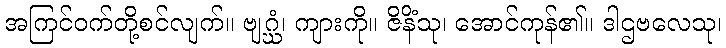
အကြင်ဝက်တို့စင်လျက်။ ဗျဂ္ဃံ၊ ကျားကို။ ဇိနိံသု၊ အောင်ကုန်၏။ ဒါဌဗလေသု၊